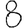
Digit: 8